Investigations on Bengal jail dietaries - Number 37
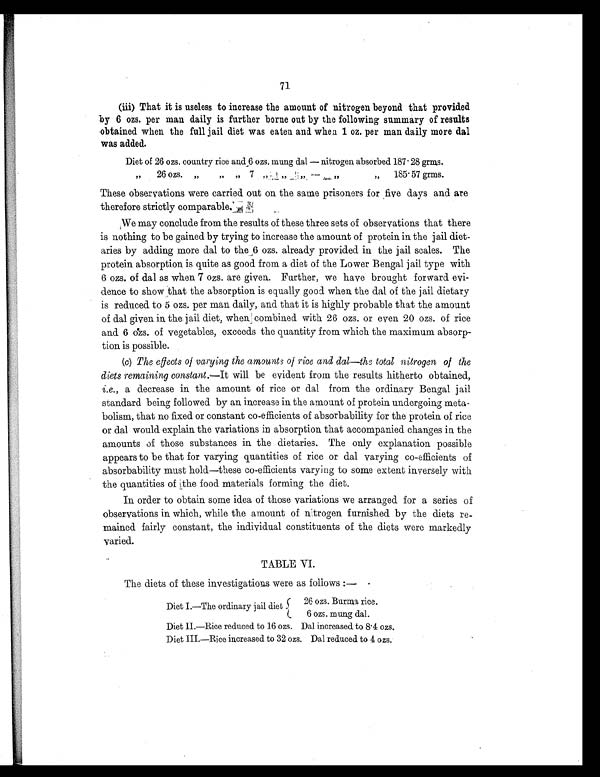
71
(iii) That it is useless to increase the amount of nitrogen beyond that provided
by 6 ozs. per man daily is further borne out by the following summary of results
obtained when the full jail diet was eaten and when 1 oz. per man daily more dal
was added.
Diet of 26 ozs. country rice
a n d 6 ozs. mung dal — nitrogen absorbed 187.28 grms.
„
26 ozs.
,, ,,
,,
7
,, ,, ,, ,,
„
185.57 grms.
These observations were carried out on the same prisoners for five days and are
therefore strictly comparable.
We may conclude from the results of these three sets of observations that there
is nothing to be gained by trying to increase the amount of protein in the jail diet-
aries by adding more dal to the 6 ozs. already provided in the jail scales. The
protein absorption is quite as good. from a diet of the Lower Bengal jail type with
6 ozs. of dal as when 7 ozs. are given. Further, we have brought forward evi-
dence to show that the absorption is equally good when the dal of the jail dietary
is reduced to 5 ozs. per man daily, and that it is highly probable that the amount
of dal given in the jail diet, when combined with 26 ozs. or even 20 ozs. of rice
and 6 ozs. of vegetables, exceeds the quantity from which the maximum absorp-
tion is possible.
(c) The effects of varying the amounts of rice and dal—the total nitrogen of the
diets remaining constant.— It will be evident from the results hitherto obtained,
i.e., a decrease in the amount of rice or dal from the ordinary Bengal jail
standard being followed by an increase in the amount of protein undergoing meta-
bolism, that no fixed or constant co-efficients of absorbability for the protein of rice
or dal would. explain the variations in absorption that accompanied changes in the
amounts of those substances in the dietaries. The only explanation possible
appears to be that for varying quantities of rice or dal varying co-efficients of
absorbability must hold—these co-efficients varying to some extent inversely with
the quantities of the food. materials forming the diet.
In order to obtain some idea of those variations we arranged for a series of
observations in which, while the amount of nitrogen furnished by the diets re-
mained fairly constant, the individual constituents of the diets were markedly
varied.
TABLE VI.
The diets of these investigations were as follows:—
Diet 1.—The ordinary jail diet
26 ozs. Burma rice.
6 ozs. mung dal.
Diet II.—Rice reduced to 16 ozs.
Dal increased to 8.4 ozs.
Diet III.—Rice increased to 32 ozs.
Dal reduced to 4 ozs.